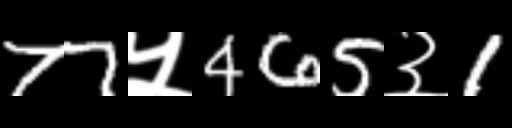
Text: 77५465३1